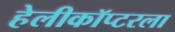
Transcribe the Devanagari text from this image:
हेलीकॉप्टरला